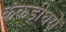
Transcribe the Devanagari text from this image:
कंकड़ीघरों